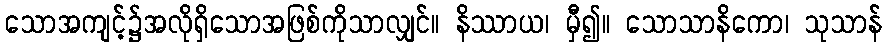
သောအကျင့်၌အလိုရှိသောအဖြစ်ကိုသာလျှင်။ နိဿာယ၊ မှီ၍။ သောသာနိကော၊ သုသာန်